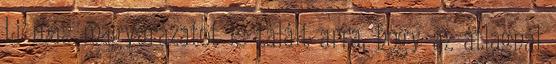
Li más magyarázatot is talált arra, hogy az átlagnál